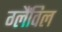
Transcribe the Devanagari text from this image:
ग्लैंविल